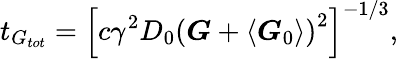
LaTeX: t_{G_{tot}}=\left[c\gamma^{2}D_{0}\left(\boldsymbol{G}+\left\langle\boldsymbol{G}_{0}\right\rangle\right)^{2}\right]^{-1/3},